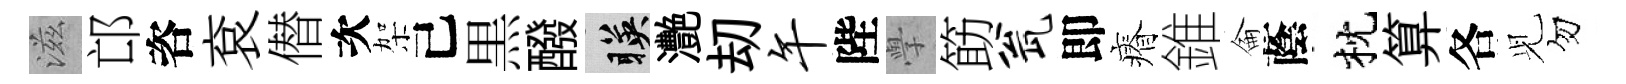
滋邙咨袞僣次架己黒醱暎灧刧午陛𭓕筯瓮即瘠錐侖蔭枕算各𫤗勿